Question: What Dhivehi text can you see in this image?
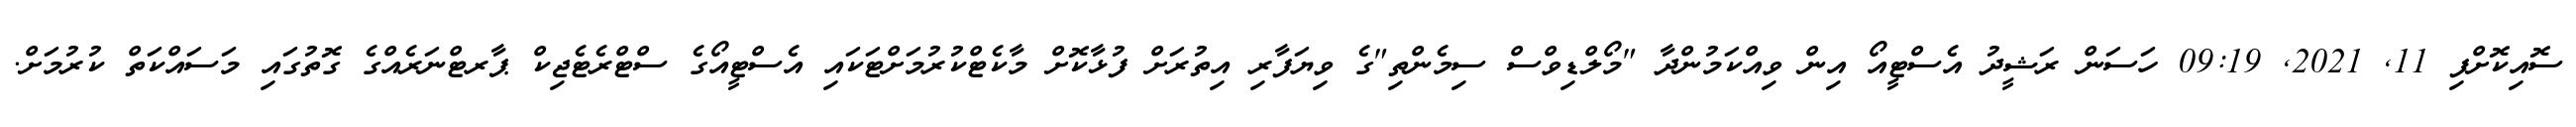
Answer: ސޮއިކޮށްފި 11, 2021, 09:19 ހަސަން ރަޝީދު އެސްޓީއޯ އިން ވިއްކަމުންދާ "މޯލްޑިވްސް ސިމެންތި"ގެ ވިޔަފާރި އިތުރަށް ފުޅާކޮށް މާކެޓްކުރުމަށްޓަކައި އެސްޓީއޯގެ ސްޓްރެޓެޖިކް ޕާރޓްނަރެއްގެ ގޮތުގައި މަސައްކަތް ކުރުމަށް.